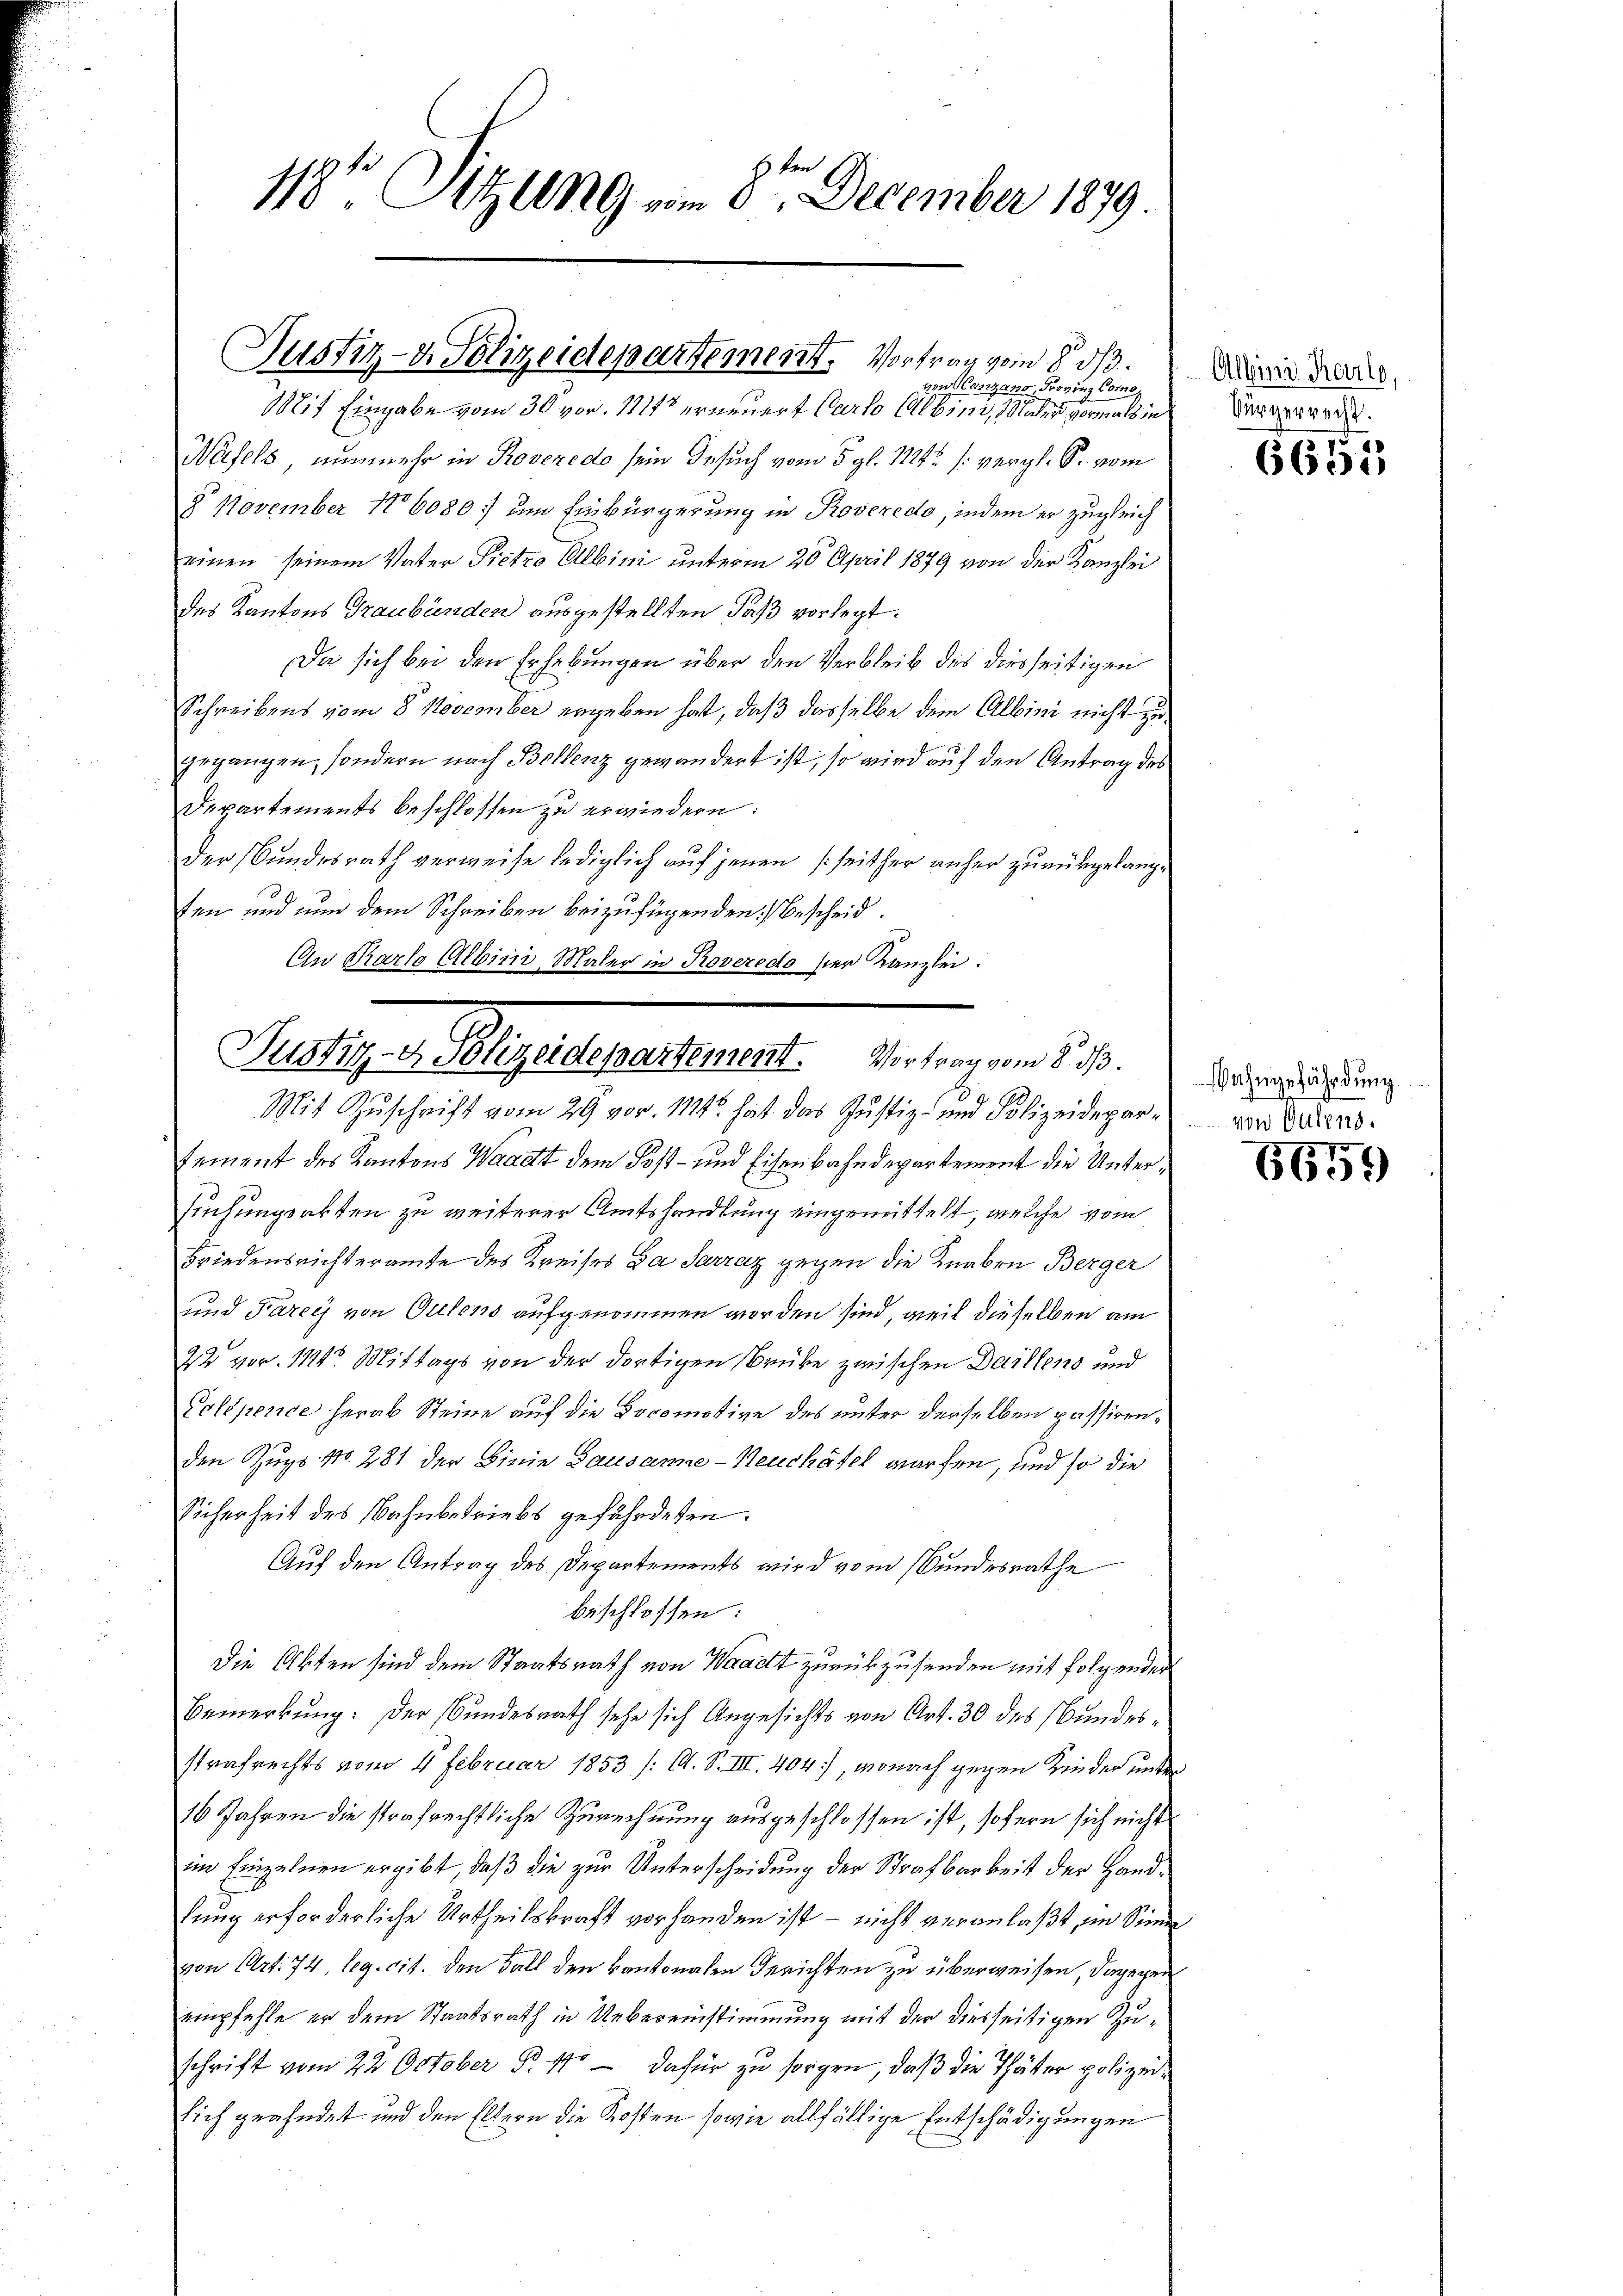
1184. Sitzung vom 8ten December 1879.

Justiz- & Polizeidepartement. Vortrag vom 8 1/3.
von anzans, Frovinz Commi¬

Pertigen dagegenheit gelegen de

Mit Eingabe vom 30. vor. 111 erneuert Carlo Albini, Maler vormals in
Wäfels, nunmehr in Roveredo sein Gesuch vom 5. gl. 1124 s. vergl. S. vom
8 November 186080 um Einbürgerung in Roveredo, indem er zugleich
einen seinem Vater Pietro Albini unterm 20. April 1879 von der Kanzlei
des Kantons Graubünden ausgestellten Faß vorlegt.
Da sich bei den Erhebungen über den Verbleib des diesseitigen
Schreibens vom 8. November ergeben hat, daß dasselbe dem Albini nicht zu
gegangen, sondern nach Bellenz gewändert ist, so wird auf den Antrag des
Departements beschlossen zu erwiedern:
der Bundesrath verweise lediglich auf jenen (seither anher zurückgelangten und nun dem Schreiben beizufügenden Bescheid.
An Karlo Albini, Maler in Proveredo ser Kanzlei.

Mit Zuschrift vom 29 vor. M. hat das Justiz- und Polizeidepartement des Kantons Waadt dem Post- und Eisenbahndepartement die Untersusungsakten zu weiterer Amtshandlung eingemittelt, welche vom
Friedensrichteramte des Kreises Da Sarraz gegen die Knaben Berger
und Farey von Gutens aufgenommen werden sind, weil dieselben am
22 vor. 114. Mittags von der dortigen Brüke zwischen Daillens und
Poldpence herab Steine auf die Doromotive des unter derselben passirenden Zugs No. 281 der Linie Bausanne-Neuchatel warfen, und so die
Sicherheit des Bahnbetriebs gefährdeten.
Auf den Antrag des Departements wird vom Bundesrathe
beschlossen:
Die Akten sind dem Staatsrath von Waadt zurückzusenden mit folgender
Bemerkung: Der Bundesrath sehe sich Angesichts von Art. 30 des Bundesstrafrechts vom 4. Februar 1853 /: M. S. III. 404), wonach gegen Kinder unter
16 Jahren die strafrechtliche Zurechnung ausgeschlossen ist, sofern sich nicht
im Einzelnen ergibt, daß die zur Unterscheidung der Strafbarkeit der Handlung erforderliche Urtheilskraft vorhanden ist – nicht veranlaßt, im Sinn
von Art. 74, leg. cit. den Fall den kantonalen Gerichten zu überweisen, dagegen
empfehle er dem Staatsrath in Uebereinstimmung mit der diesseitigen Zuschrift vom 22. October P. 110 — dafür zu sorgen, daß die Thäter polizeilich geahndet und den Eltern die Kosten sowie allfällige Entschädigungen

Albini Karlo,
Bürgerrecht.

d
6651

ahngefährdung
von Gutens.

6659